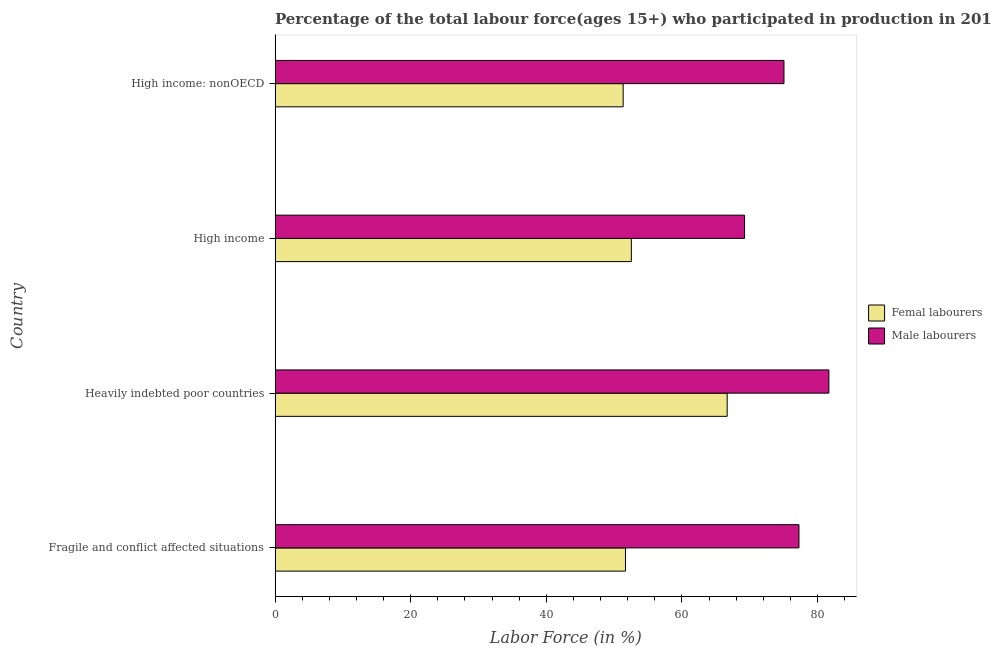
| Country | Femal labourers | Male labourers |
 | --- | --- | --- |
 | Fragile and conflict affected situations | 51.7 | 77.3 |
 | Heavily indebted poor countries | 66.7 | 81.7 |
 | High income | 52.5 | 69.2 |
 | High income: nonOECD | 51.3 | 75 |